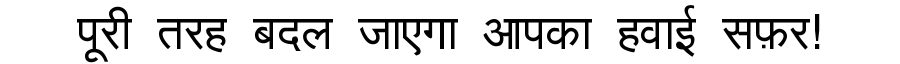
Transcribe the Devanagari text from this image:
पूरी तरह बदल जाएगा आपका हवाई सफ़र!